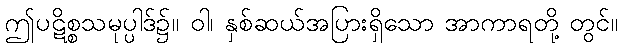
ဤပဋိစ္စသမုပ္ပါဒ်၌။ ဝါ၊ နှစ်ဆယ်အပြားရှိသော အာကာရတို့ တွင်။